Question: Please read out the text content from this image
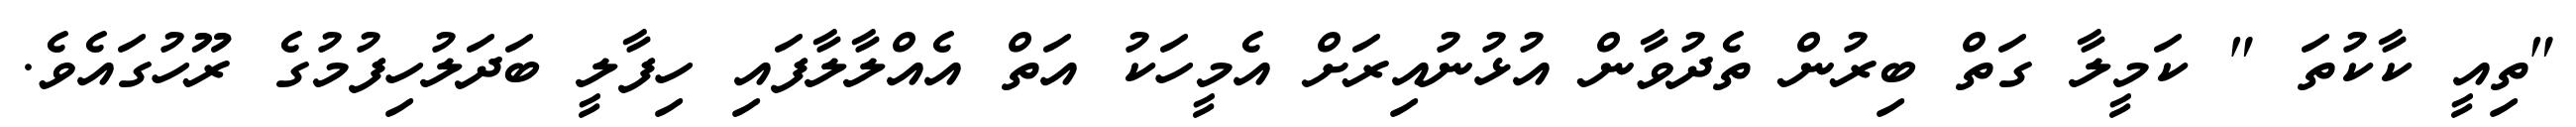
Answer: "ތިއީ ކާކުތަ " ކަމީލާ ގަތް ބިރުން ތެދުވާން އުޅުނުއިރަށް އެމީހަކު އަތް އެއްލާލާފައި ހިފާލީ ބަދަލުހިފުމުގެ ރޫހުގައެވެ.